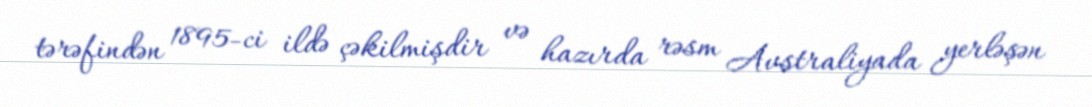
tərəfindən 1895-ci ildə çəkilmişdir və hazırda rəsm Avstraliyada yerləşən